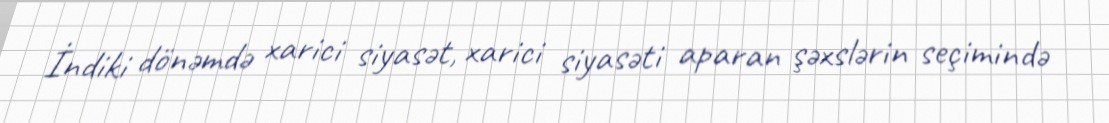
İndiki dönəmdə xarici siyasət, xarici siyasəti aparan şəxslərin seçimində